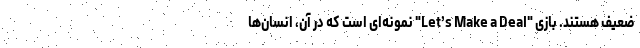
ضعیف هستند. بازی "Let’s Make a Deal" نمونه‌ای است که در آن، انسان‌ها